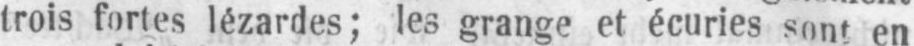
trois fortes lézardes; les grange et écuries sont en